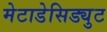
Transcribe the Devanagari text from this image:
मेटाडेसिड्युट